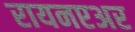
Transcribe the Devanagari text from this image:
रायनएअर